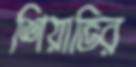
শিয়াভির